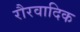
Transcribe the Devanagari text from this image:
रौरवादिक